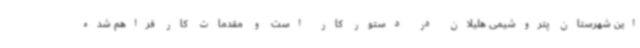
این شهرستان پتروشیمی هلیلان در دستور کار است و مقدمات کار فراهم شده